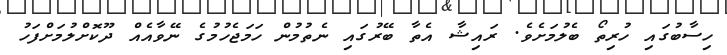
ހިސާބުގައި ހުރިތޯ ބެލުމަށެވެ. ރައިޝާ އެތާ ބޭރުގައި ނެތުމުން ހަމަޖެހުމުގެ ނޭވާއެއް ދޫކޮށްލުމަށްފަހު